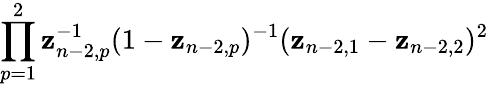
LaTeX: \prod_{p=1}^{2}\mathbf{z}_{n-2,p}^{-1}(1-\mathbf{z}_{n-2,p})^{-1}(\mathbf{z}_{n-2,1}-\mathbf{z}_{n-2,2})^{2}